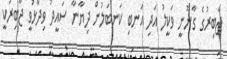
ޖާބިރުގެ ގާނޫނީ ވަކީލު އަދި އަނބި ކަނބަލުން ދިޔާނާ ސައީދު ވިދާޅުވީ ޖާބިރަކީ